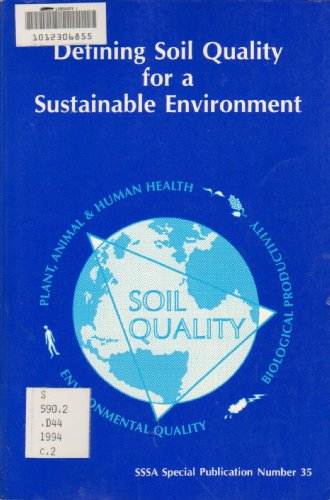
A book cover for Defining Soil Quality for a Sustainable Environment: Proceedings of a Symposium Sponsored by Divisions S-3, S-6, and S-2 of the Soil Science Society (S S S a Special Publication); John Walsh Doran; Crafts, Hobbies & Home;